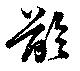
齢